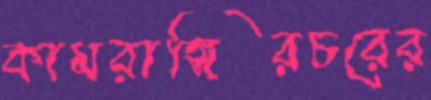
কামরাঙ্গিরচরের